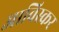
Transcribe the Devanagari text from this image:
आविस्कर